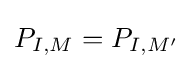
P_{I,M}=P_{I,M'}